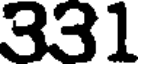
331